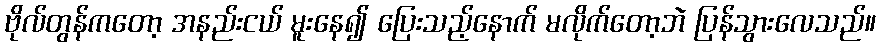
ဗိုလ်တွန်ကတော့ အနည်းငယ် မူးနေ၍ ပြေးသည့်နောက် မလိုက်တော့ဘဲ ပြန်သွားလေသည်။